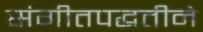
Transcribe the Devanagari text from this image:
संगीतपद्धतीने